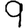
Digit: 9